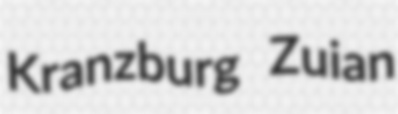
Kranzburg Zuian